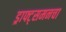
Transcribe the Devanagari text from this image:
ड्राफ्ट्‌समनचा